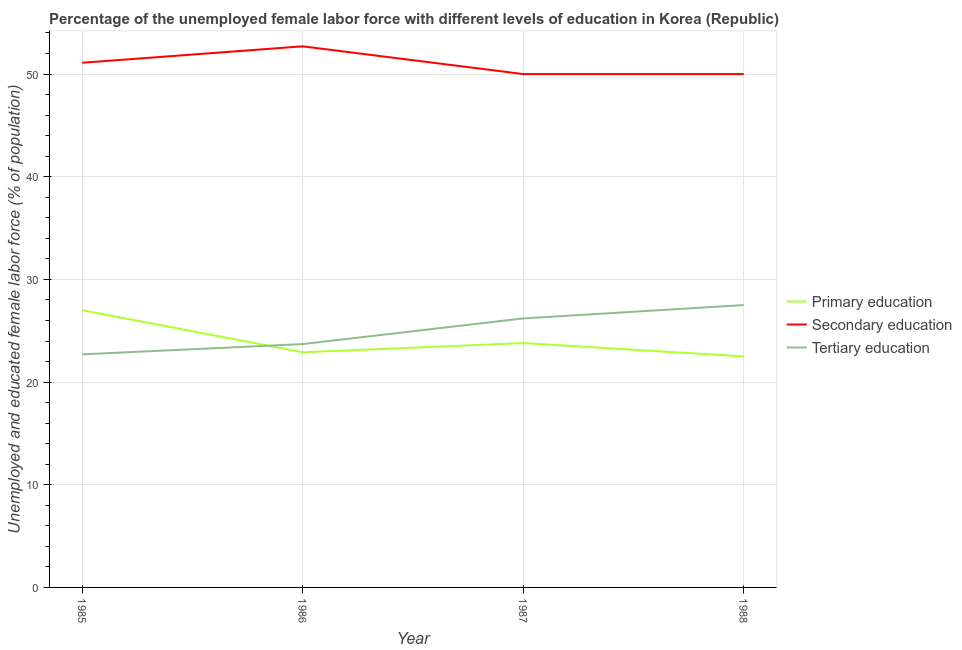
| Year | Primary education | Secondary education | Tertiary education |
 | --- | --- | --- | --- |
 | 1985 | 27 | 51.1 | 22.7 |
 | 1986 | 22.9 | 52.7 | 23.7 |
 | 1987 | 23.8 | 50 | 26.2 |
 | 1988 | 22.5 | 50 | 27.5 |